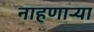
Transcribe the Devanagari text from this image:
नाहणाऱ्या